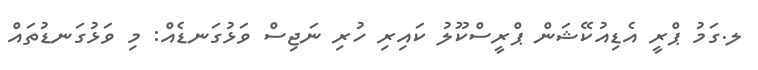
ލ.ގަމު ޕްރީ އެޑިއުކޭޝަން ޕްރީސްކޫލު ކައިރި ހުރި ނަޖިސް ވަޅުގަނޑެއް: މި ވަޅުގަނޑުތައް